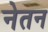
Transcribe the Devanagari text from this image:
नेतन